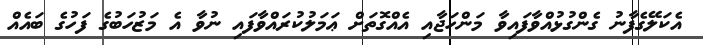
އެކަލޭގެފާނު ގެންގުޅުއްވާފައިވާ މަންހަޖާއި އެއްގޮތަށް ޢަމަލުކުރައްވާފައި ނުވާ އެ މަޒުހަބުގެ ފަހުގެ ބައެއް